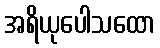
အရိယုပေါသထော